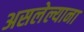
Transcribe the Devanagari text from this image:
असलेल्याना